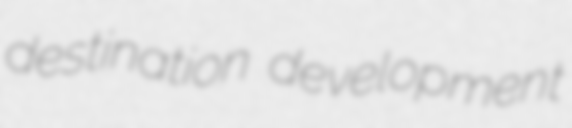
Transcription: destination development